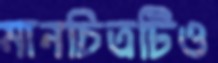
মানচিত্রটিও